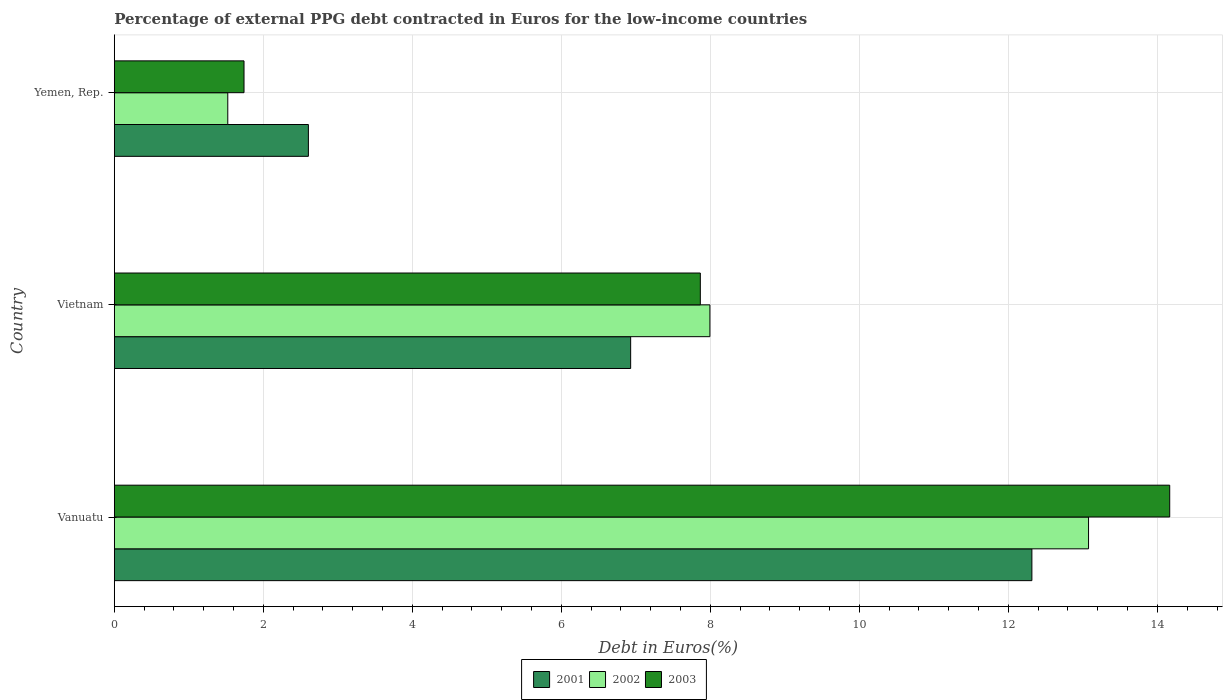
| Country | 2001 | 2002 | 2003 |
 | --- | --- | --- | --- |
 | Vanuatu | 12.3 | 13.1 | 14.2 |
 | Vietnam | 6.93 | 7.99 | 7.87 |
 | Yemen, Rep. | 2.6 | 1.52 | 1.74 |